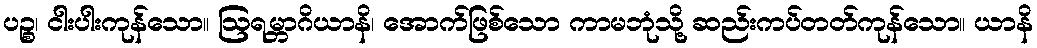
ပဉ္စ၊ ငါးပါးကုန်သော။ ဩရမ္ဘာဂိယာနိ၊ အောက်ဖြစ်သော ကာမဘုံသို့ ဆည်းကပ်တတ်ကုန်သော။ ယာနိ